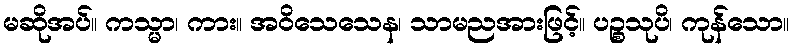
မဆိုအပ်။ ကသ္မာ၊ ကား။ အဝိသေသေန၊ သာမညအားဖြင့်။ ပဉ္စသုပိ၊ ကုန်သော။